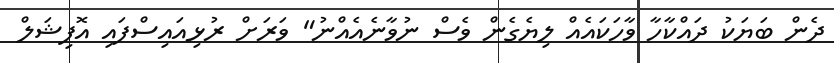
ދެން ބަޔަކު ދައްކާހާ ވާހަކައެއް ލިޔެގެން ވެސް ނުވާނެއެއްނު" ވަރަށް ރުޅިއައިސްފައި އޮފިޝަލް